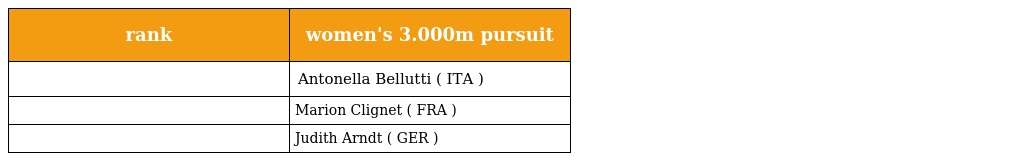
| rank | women's 3.000m pursuit |
 | --- | --- |
 |  | Antonella Bellutti ( ITA ) |
 |  | Marion Clignet ( FRA ) |
 |  | Judith Arndt ( GER ) |